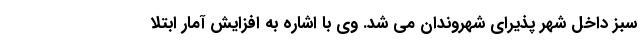
سبز داخل شهر پذیرای شهروندان می شد. وی با اشاره به افزایش آمار ابتلا